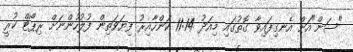
"ސަން"އަށް އެނގިފައިވާ ގޮތުގައި މިއަދު 11:14 ކަންހާއިރު ފިޔަވަތިން ފުލުހުންނަށް ރިޕޯޓް ކުރީ